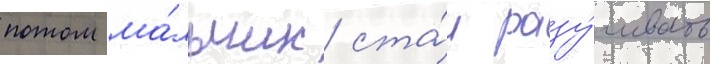
потом ма́льчик ста́л разу́чивать